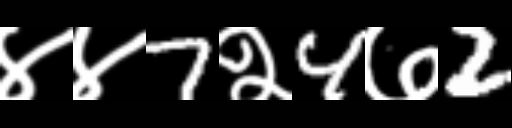
Text: ४४7२4७2